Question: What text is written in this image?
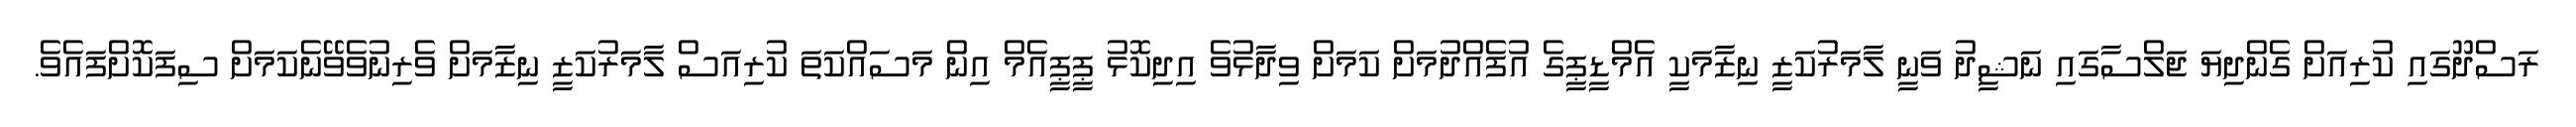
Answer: ރަސްދޫގައި ކުރިއަށް ގެންދިޔަ ޖަލްސާގައި ނަޝީދު ވަނީ ލާމަރުކަޒީ ނިޒާމަކީ އެމްޑީޕީގެ އުފެއްދުމަށް ކަމަށް ވިދާޅުވެ އިދިކޮޅު ޕީޕީއެމް އިން މަސައްކަތަ ކުރިއަސް ލާމަރުކަޒީ ނިޒާމަށް ވެރިނުވެވޭނެކަމަށް ސިފަކޮށްފައެވެ.